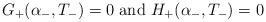
LaTeX: \begin{align*}G_+(\alpha_-,T_-)=0 \hbox{ and } H_+(\alpha_-,T_-)=0 \end{align*}